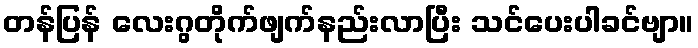
တန်ပြန် လေးဂွတိုက်ဖျက်နည်းလာပြီး သင်ပေးပါခင်ဗျာ။